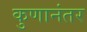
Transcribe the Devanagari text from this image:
कुणानंतर